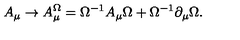
A _ { \mu } \to A _ { \mu } ^ { \Omega } = \Omega ^ { - 1 } A _ { \mu } \Omega + \Omega ^ { - 1 } \partial _ { \mu } \Omega .